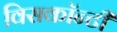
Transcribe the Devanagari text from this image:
विसकॉन्टी